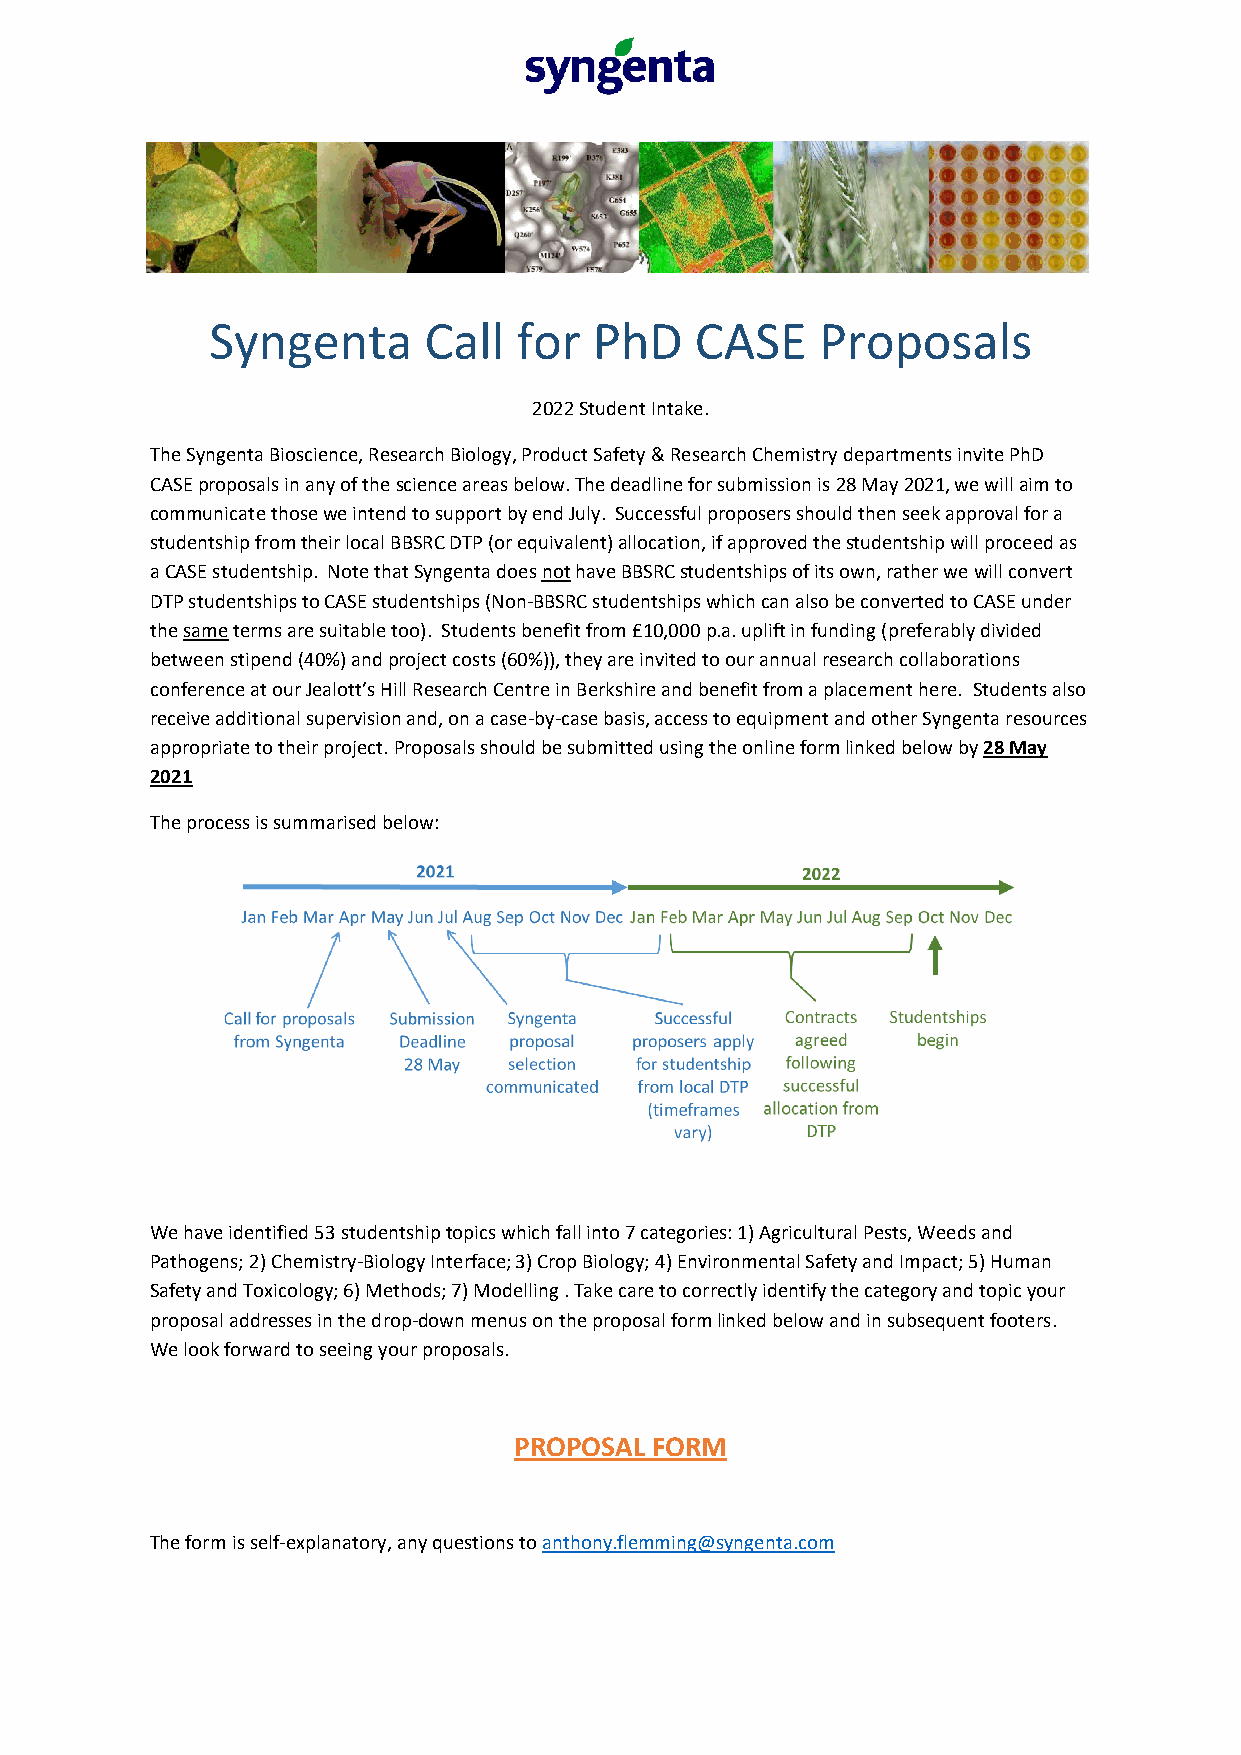
Syngenta      Call  for  PhD    CASE    Proposals
 2022 Student Intake.
 The Syngenta Bioscience, Research Biology, Product Safety & Research Chemistry departments invite PhD
 CASE proposals in any of the science areas below. The deadline for submission is 28 May 2021, we will aim to
 communicate those we intend to support by end July. Successful proposers should then seek approval for a
 studentship from their local BBSRC DTP (or equivalent) allocation, if approved the studentship will proceed as
 a CASE studentship. Note that Syngenta does not have BBSRC studentships of its own, rather we will convert
 DTP studentships to CASE studentships (Non-BBSRC studentships which can also be converted to CASE under
 the same terms are suitable too). Students benefit from £10,000 p.a. uplift in funding (preferably divided
 between stipend (40%) and project costs (60%)), they are invited to our annual research collaborations
 conference at our Jealott’s Hill Research Centre in Berkshire and benefit from a placement here. Students also
 receive additional supervision and, on a case-by-case basis, access to equipment and other Syngenta resources
 appropriate to their project. Proposals should be submitted using the online form linked below by 28 May
 2021
 The process is summarised below:
 We have identified 53 studentship topics which fall into 7 categories: 1) Agricultural Pests, Weeds and
 Pathogens; 2) Chemistry-Biology Interface; 3) Crop Biology; 4) Environmental Safety and Impact; 5) Human
 Safety and Toxicology; 6) Methods; 7) Modelling . Take care to correctly identify the category and topic your
 proposal addresses in the drop-down menus on the proposal form linked below and in subsequent footers.
 We look forward to seeing your proposals.
 PROPOSAL FORM
 The form is self-explanatory, any questions to anthony.flemming@syngenta.com